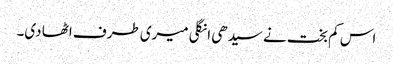
اس کم بخت نے سیدھی انگلی میری طرف اٹھا دی۔